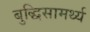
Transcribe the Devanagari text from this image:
बुद्धिसामर्थ्य